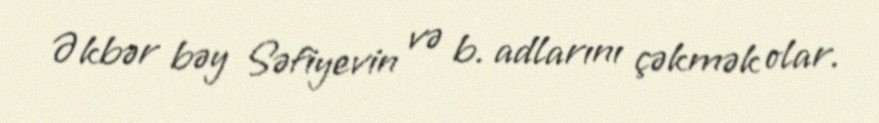
Əkbər bəy Səfiyevin və b. adlarını çəkmək olar.